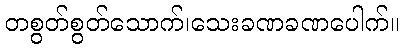
တစွတ်စွတ်သောက်၊သေးခဏခဏပေါက်။